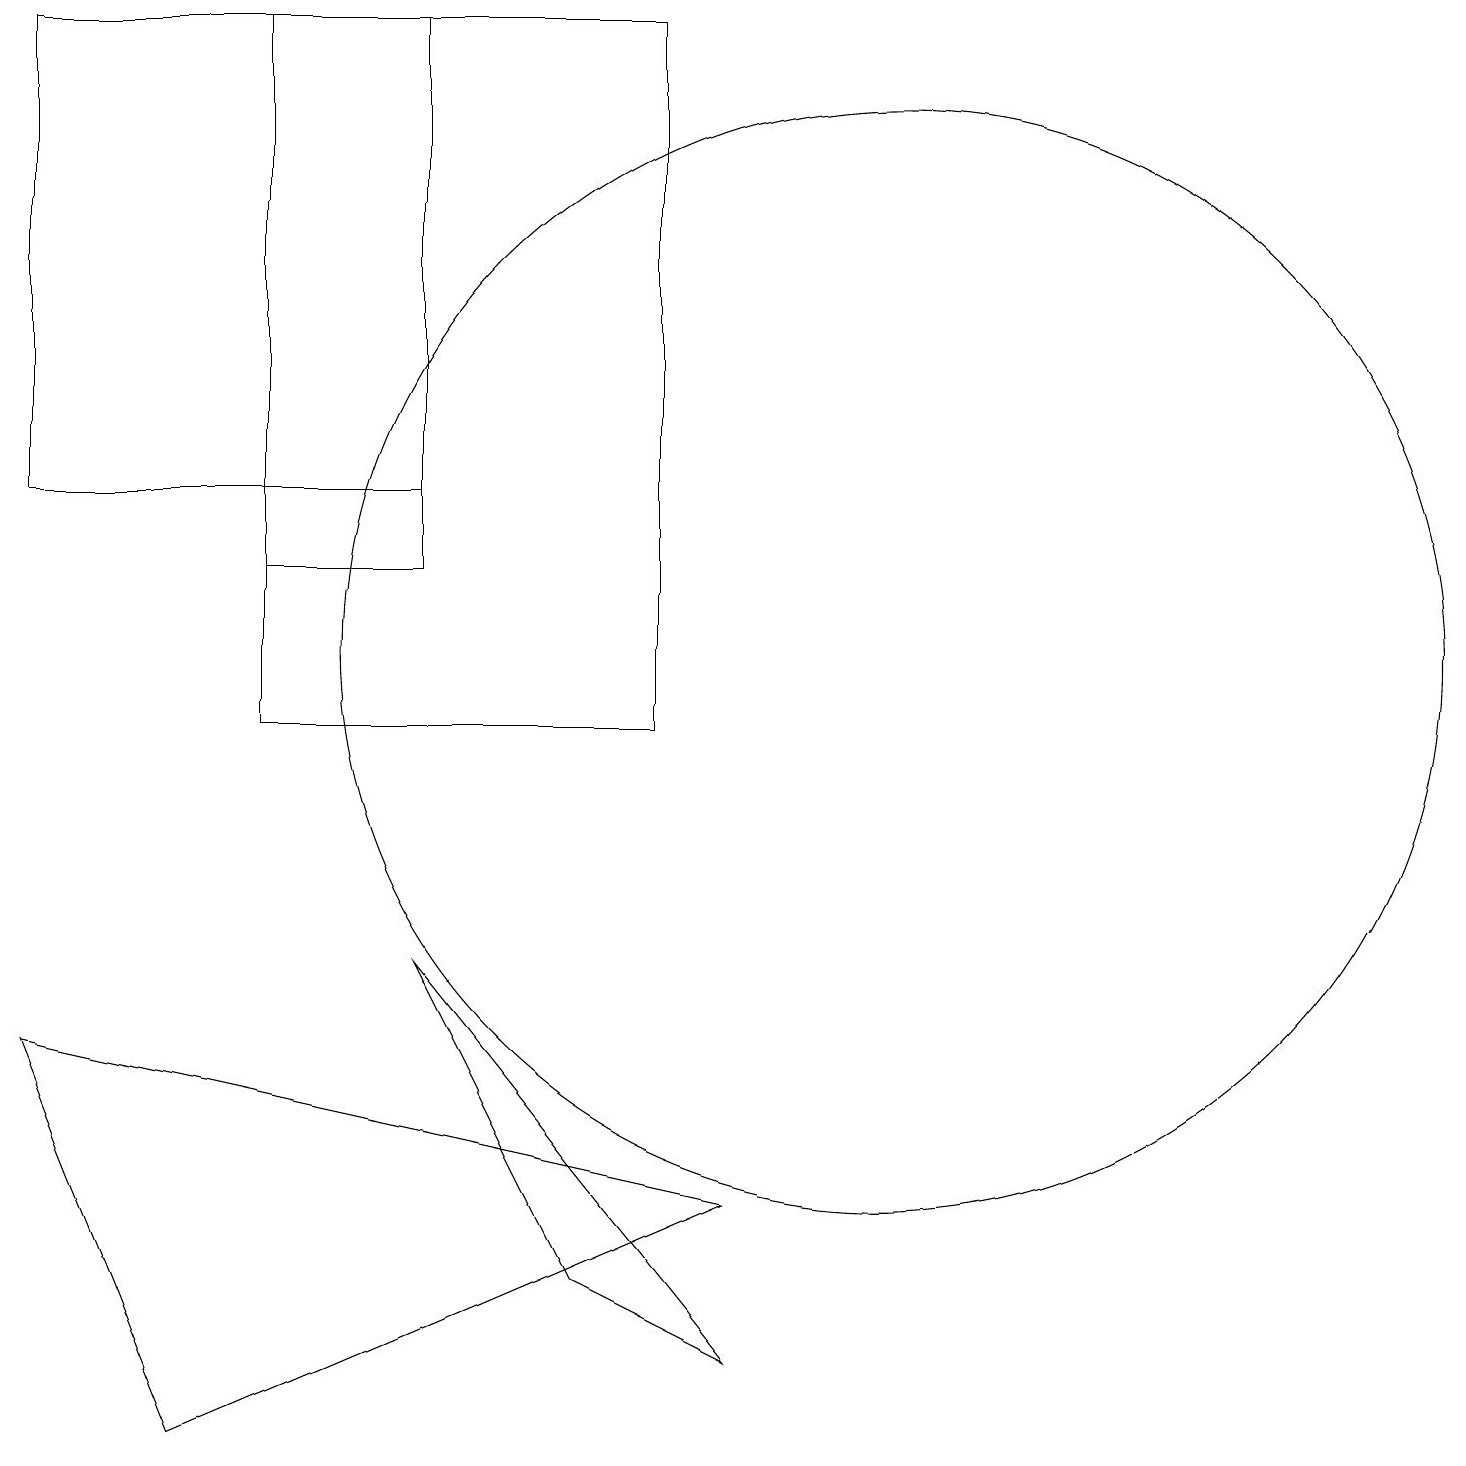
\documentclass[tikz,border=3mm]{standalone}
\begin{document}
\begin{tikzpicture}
\draw (8,10) rectangle (3,19);
\draw (11,11) circle (7);
\draw (9,4) -- (2,1) -- (0,6) -- cycle;
\draw (0,19) rectangle (5,13);
\draw (5,7) -- (7,3) -- (9,2) -- cycle;
\draw (3,12) rectangle (5,13);
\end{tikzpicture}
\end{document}